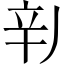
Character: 𲅄